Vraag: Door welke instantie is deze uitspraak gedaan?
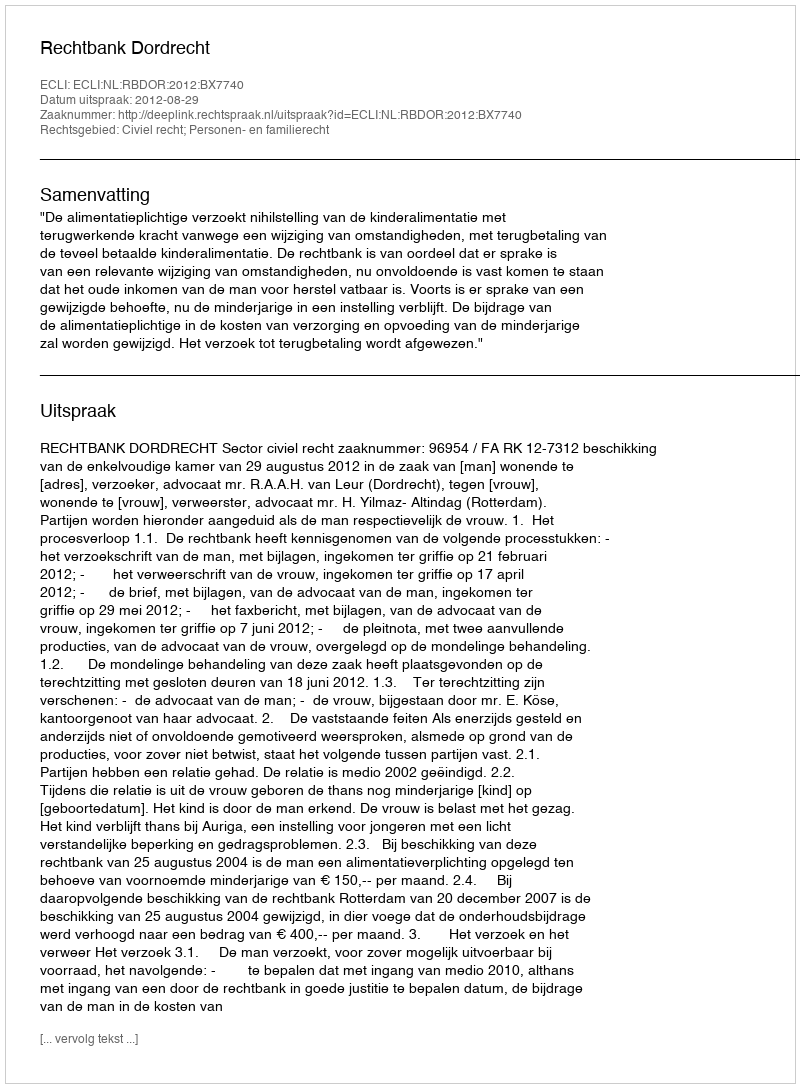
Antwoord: Rechtbank Dordrecht